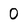
Character: 0